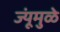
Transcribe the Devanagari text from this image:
ज्यूंमुळे